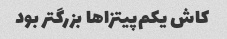
کاش یکم‌پیتزاها بزرگتر بود